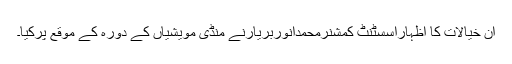
ان خیالات کا اظہاراسسٹنٹ کمشنرمحمدانوربریارنے منڈی مویشیاں کے دورہ کے موقع پرکیا۔